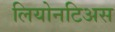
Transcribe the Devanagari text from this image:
लियोनटिअस